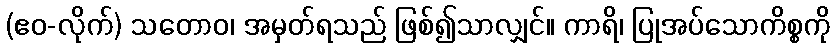
(ဧဝ-လိုက်) သတောဝ၊ အမှတ်ရသည် ဖြစ်၍သာလျှင်။ ကာရိ၊ ပြုအပ်သောကိစ္စကို